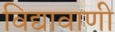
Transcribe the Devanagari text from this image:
विद्यावाणी